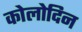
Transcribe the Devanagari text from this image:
कोलोदिन